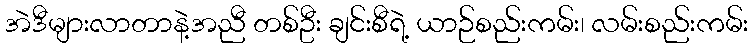
အဲဒီများလာတာနဲ့အညီ တစ်ဦး ချင်းစီရဲ့ ယာဉ်စည်းကမ်း၊ လမ်းစည်းကမ်း